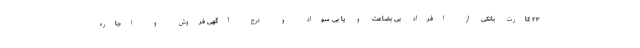
۲۳ کارت بانکی از افراد بی بضاعت و یا بی سواد و درج آگهی فروش و اجاره